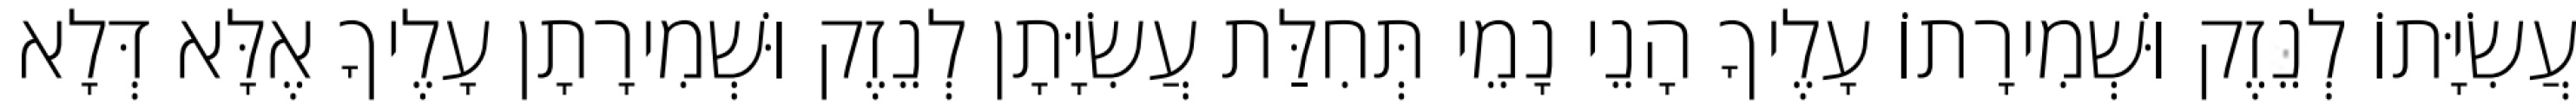
עֲשִׂיָּתוֹ לְנֵזֶק וּשְׁמִירָתוֹ עָלֶיךָ הָנֵי נָמֵי תְּחִלַּת עֲשִׂיָּתָן לְנֵזֶק וּשְׁמִירָתָן עָלֶיךָ אֶלָּא דְּלָא